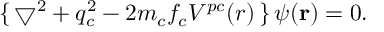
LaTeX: \{ \, \bigtriangledown ^ { 2 } + q _ { c } ^ { 2 } - 2 m _ { c } f _ { c } V ^ { p c } ( r ) \, \} \, \psi ( \mathbf { r } ) = 0 .